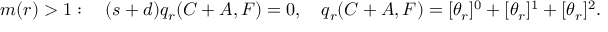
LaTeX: m ( r ) > 1 : \quad ( s + d ) q _ { r } ( C + A , F ) = 0 , \quad q _ { r } ( C + A , F ) = [ \theta _ { r } ] ^ { 0 } + [ \theta _ { r } ] ^ { 1 } + [ \theta _ { r } ] ^ { 2 } .